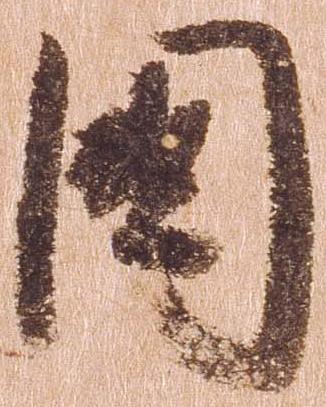
国